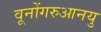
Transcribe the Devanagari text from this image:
वूनोंगरुआनयु